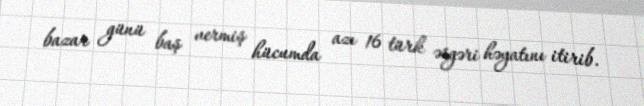
bazar günü baş vermiş hücumda azı 16 türk əsgəri həyatını itirib.